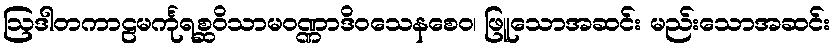
ဩဒါတကာဠမင်္ကုရစ္ဆဝိသာမဝဏ္ဏာဒိဝသေနစေဝ၊ ဖြူသောအဆင်း မည်းသောအဆင်း